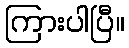
ကြားပါပြီ။